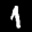
Label: 1